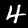
Digit: 4